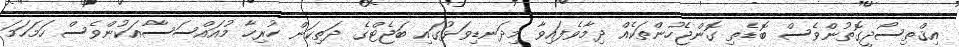
އިޤްތިސޯދީގޮތުންވެސް ބޮޑެތި ގޮންޖެހުންތަކެއް ދިމާވެފައިވާ މިދަނޑިވަޅުގައި ބަޖެޓްގެ ދަތިކަން ހުރިހާ މުއައްސަސާއަކުންވެސް ހަމަހަމަ